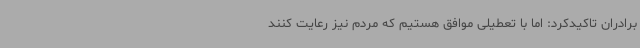
برادران تاکیدکرد: اما با تعطیلی موافق هستیم که مردم نیز رعایت کنند